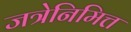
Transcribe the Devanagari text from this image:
जत्रेनिमित्त